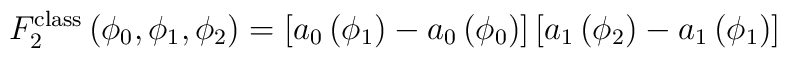
F_2^{\rm class} \left( \phi_0, \phi_1, \phi_2 \right) =\left[ a_0 \left( \phi_1 \right) - a_0 \left( \phi_0 \right) \right]\left[ a_1 \left( \phi_2 \right) - a_1 \left( \phi_1 \right) \right]